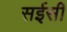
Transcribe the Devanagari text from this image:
सईसी